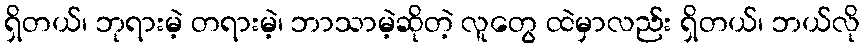
ရှိတယ်၊ ဘုရားမဲ့ တရားမဲ့၊ ဘာသာမဲ့ဆိုတဲ့ လူတွေ ထဲမှာလည်း ရှိတယ်၊ ဘယ်လို